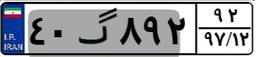
۴۴گ۲۰۵۷۹